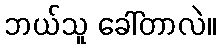
ဘယ်သူ ခေါ်တာလဲ။